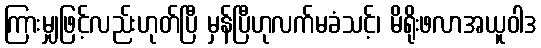
ကြားမျှဖြင့်လည်းဟုတ်ပြီ မှန်ပြီဟုလက်မခံသင့်၊ မိရိုးဖလာအယူဝါဒ